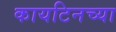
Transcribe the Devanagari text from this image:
कायटिनच्या